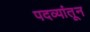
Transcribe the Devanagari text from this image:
पदव्यांतून